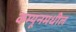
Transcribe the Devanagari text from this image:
कम्यूनमधील